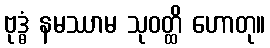
ဗုဒ္ဓံ နမဿာမ သုဝတ္ထိ ဟောတု။